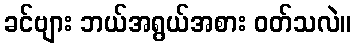
ခင်ဗျား ဘယ်အရွယ်အစား ဝတ်သလဲ။